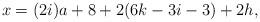
LaTeX: \begin{align*}x = (2i)a + 8 + 2 (6k-3i-3) + 2 h,\end{align*}